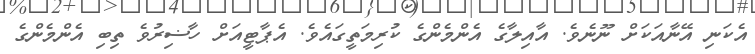
އެކަނި އޭނާއަކަށް ނޫނެވެ. އާއިލާގެ އެންމެންގެ ކުރިމަތީގައެވެ. އެޕާޓީއަށް ހާޟިރުވެ ތިބި އެންމެންގެ